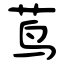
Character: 茑